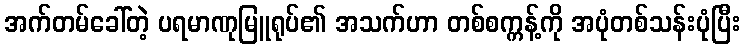
အက်တမ်ခေါ်တဲ့ ပရမာဏုမြူရုပ်၏ အသက်ဟာ တစ်စက္ကန့်ကို အပုံတစ်သန်းပုံပြီး